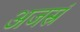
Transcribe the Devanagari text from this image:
अजस्रं